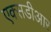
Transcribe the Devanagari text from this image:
एक्सडीआर